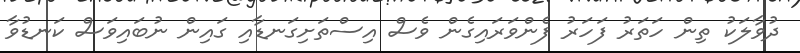
ދުވާލަކު ތިން ހަތަރު ފަހަރު ފެންވަރައިގެން ވެސް އިސްތަށިގަނޑާއި ގައިން ނުބައިވަސް ކަނޑުވާ